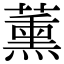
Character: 薰